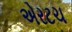
એરટચ